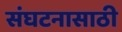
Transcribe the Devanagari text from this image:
संघटनासाठी